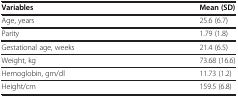
<table><thead><tr><td><b>Variables</b></td><td><b>Mean (SD)</b></td></tr></thead><tbody><tr><td>Age, years</td><td>25.6 (6.7)</td></tr><tr><td>Parity</td><td>1.79 (1.8)</td></tr><tr><td>Gestational age, weeks</td><td>21.4 (6.5)</td></tr><tr><td>Weight, kg</td><td>73.68 (16.6)</td></tr><tr><td>Hemoglobin, gm/dl</td><td>11.73 (1.2)</td></tr><tr><td>Height/cm</td><td>159.5 (6.8)</td></tr></tbody></table>